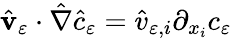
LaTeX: \hat{\mathbf v}_{\varepsilon}\cdot{\hat{\nabla}}\hat{c}_{\varepsilon}=\hat{v}_{\varepsilon,i}\partial_{x_{i}}c_{\varepsilon}